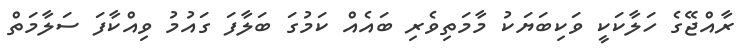
ރާއްޖޭގެ ހަލާކަކީ ވަކިބަޔަކު މާމަތިވެރި ބައެއް ކަމުގަ ބަލާފަ ގައުމު ވިއްކާފަ ސަލާމަތް